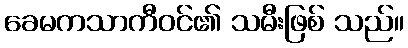
ခေမကသာကီဝင်၏ သမီးဖြစ် သည်။